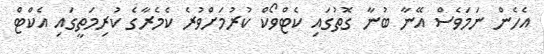
އެހެން ނަމަވެސް އޭނާ ބުނާ ގޮތުގައި ކެޓްވޯކް ކުރުމަށްވުރެ ކެމެރާގެ ކުރިމަތީގައި އެކްޓް